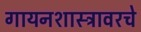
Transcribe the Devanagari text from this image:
गायनशास्त्रावरचे